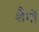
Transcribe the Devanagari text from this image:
शैगों